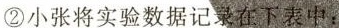
②小张将实验数据记录在下表中：